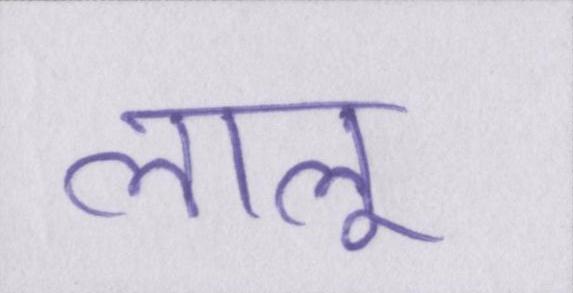
लालू